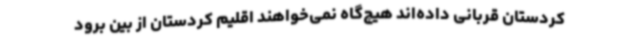
کردستان قربانی داده‌اند هیچ‌گاه نمی‌خواهند اقلیم کردستان از بین برود